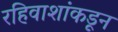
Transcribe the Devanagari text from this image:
रहिवाशांकडून